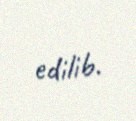
edilib.